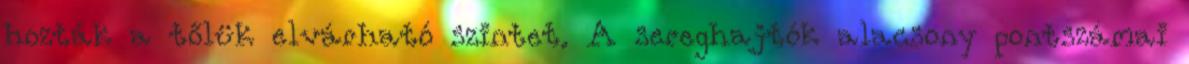
hozták a tőlük elvárható szintet. A sereghajtók alacsony pontszámai